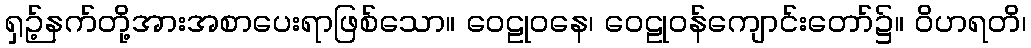
ရှဉ့်နက်တို့အားအစာပေးရာဖြစ်သော။ ဝေဠုဝနေ၊ ဝေဠုဝန်ကျောင်းတော်၌။ ဝိဟရတိ၊